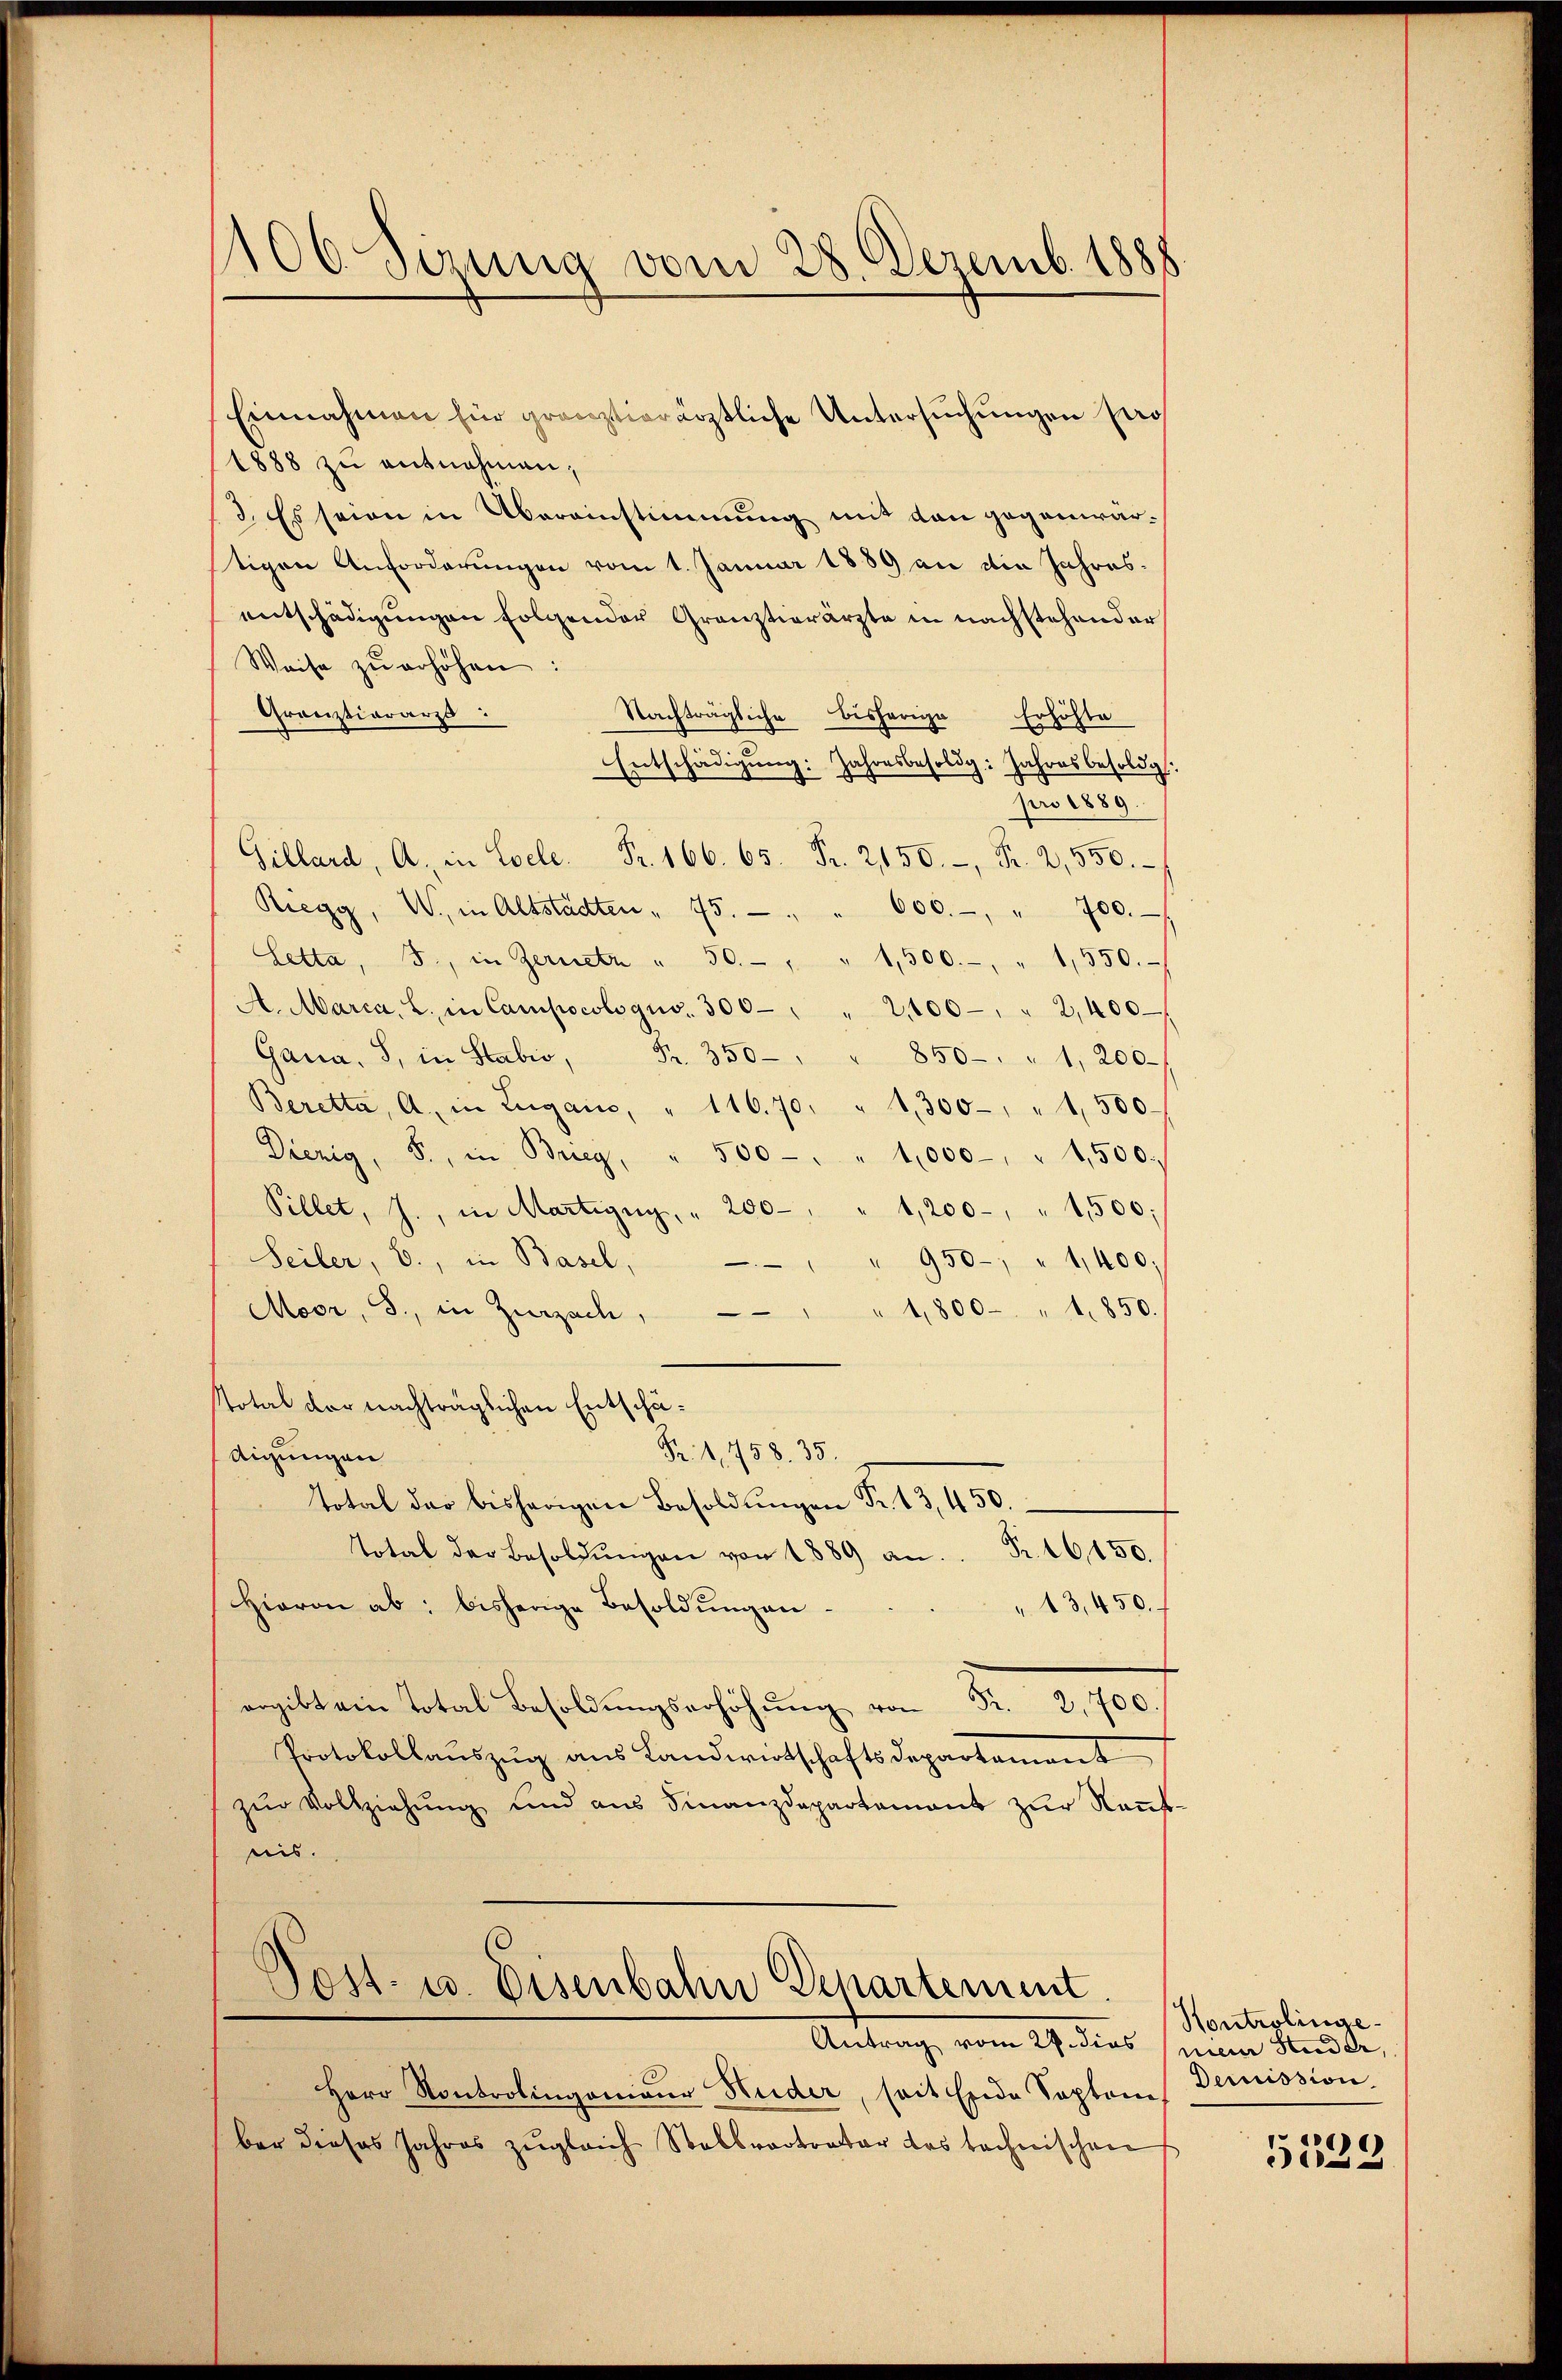
106 Sizung vom 28. Dezemb. 1888.

Einnahmen für gränztierärztliche Untersuchungen pro
1888 zu entnehmen,
3. Es seien in Übereinstimmung mit den gegenwärtigen Anforderungen vom 1. Januar 1889 an die Jahresentschädigungen folgender Gränztierärzte in nachstehender
Weise zŭ erhöhen:
Gränztiararzs:
Nachträgliche bisherige Erhöhte
Entschädigŭng: Jahresbesoldg: Jahresbesoldg.
pro 1889.
Gillard, A. in Esele. Fr. 166. 65. Fr. 2150.- Fr. 2,550.
Riegg, W. in Altstädten " 75.
600. " 700.
Letta, 3., in Gernetz " 50. " " 1,500.-, " 1,550.
A. Marca, L. in Campocolo quo. 300 " " 2100 " 2,400
Gana, S. in Stabro, Fr. 350
850- " 1, 200.
Beretta, A. in Zugai, " 11670 " 1300 " 1,500.
Diezig, S., in Brieg, " 500 - " " 1,000 " 1,500.
Pillet, J., in Martigny, " 200 " 1,200 " 1500;
Seiler, b., in Basel,
950 " 1400.
1,800 " 1850.
Moor, S., in Zurzach,
total vor nachträglichen Entschä¬
Fr. 1, 758. 35.
Aigungen
Total das bisherigen Besoldungen Fr. 13, 450.
Total der Besoldŭngen von 1889 an. Fr. 16,150.
Hiaron ab: bisherige Besoldŭng an-
"13,450. f
gibt ein Total Besoldŭngserhöhŭng von Fr. 2,700 f
Protokollauszug aus Landwirtschaftsdepartement
zŭr Vollziehŭng und aus Finanzdepartament zŭr Naṅt
hans.

Post- u. Eisenbahn Departement.

Antrag vom 27. dies mein Studer,
Herr Kontrolingenieur Huder, seit Ende Septem
ber dieses Jahres zŭgleich Stallvertrator das technischen

Hontrolinge¬
Demission.

6
e